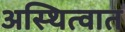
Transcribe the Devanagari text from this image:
अस्थित्वात